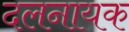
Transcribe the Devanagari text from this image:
दलनायक